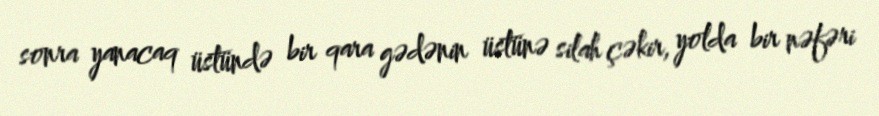
sonra yanacaq üstündə bir qara gədənin üstünə silah çəkir, yolda bir nəfəri